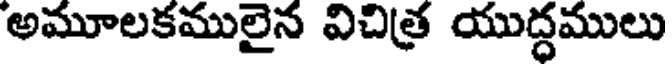
అమూలకములైన విచిత్ర యుద్ధములు